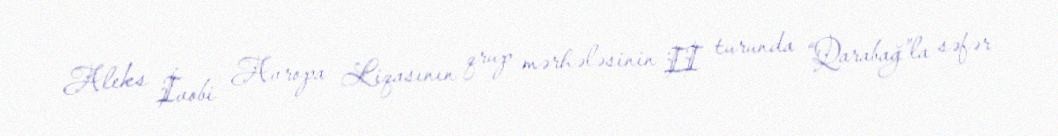
Aleks İvobi Avropa Liqasının qrup mərhələsinin II turunda “Qarabağ”la səfər